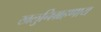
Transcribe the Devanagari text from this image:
खलुनिग्रहणाय